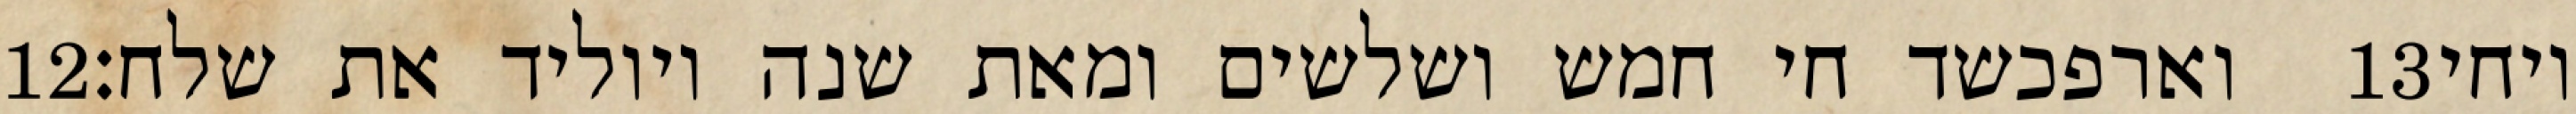
‎12‏ וארפכשד חי חמש ושלשים ומאת שנה ויוליד את שלח׃ ‎13‏ ויחי